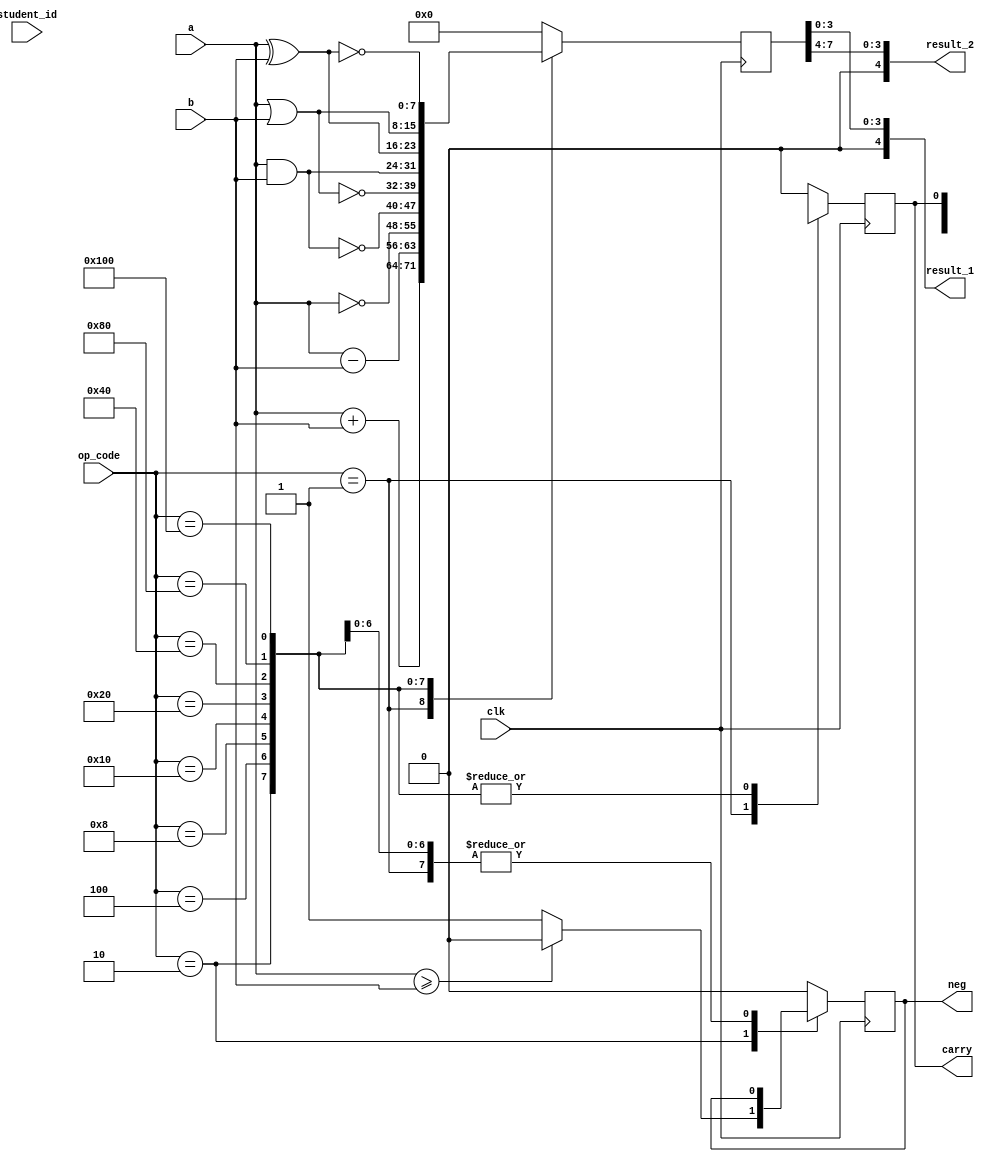
module alu(
    input clk,
    input [7:0] a,
    input [7:0] b,
    input [3:0] student_id,
    input [15:0] op_code,
    output neg,
    output [4:0] result_1,
    output [4:0] result_2,
    output reg carry);

    reg [7:0] result;

    always @(posedge clk)
        case(op_code)
            16'b0000000000000001: begin  // sum(a,b)
                result <= a + b;
                carry <= result[8];
            end
            16'b0000000000000010: begin  // difference(a,b)
                result <= a - b;
                if (a >= b) 
                    neg <= 0;
                else
                    neg <= 1;
            end
            16'b0000000000000100: begin  // NOT(a)
                result <= ~a;
            end
            16'b0000000000001000: begin  // NAND(a,b)
                result <= ~(a & b);
            end
            16'b0000000000010000: begin  // NOR(a,b)
                result <= ~(a | b);
            end
            16'b0000000000100000: begin  // AND(a,b)
                result <= a & b;
            end
            16'b0000000001000000: begin  // XOR(a,b)
                result <= a ^ b;
            end
            16'b0000000010000000: begin  // OR(a,b)
                result <= a | b;
            end
            16'b0000000100000000: begin  // XNOR(a,b)
                result <= ~(a ^ b);
            end
            default: begin
                result <= 0;
                neg <= 0;
                carry <= 0;
            end
        endcase

    // Split result in two parts to display on each 7-segment display
    assign result_1 = result[3:0];
    assign result_2 = result[7:4];

endmodule